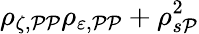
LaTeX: \rho_{\zeta,\mathcal{P}\mathcal{P}}\rho_{\varepsilon,\mathcal{P}\mathcal{P}}+\rho_{s\mathcal{P}}^{2}